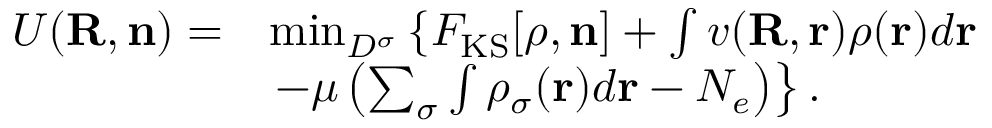
\begin{array} { r l } { { \cal U } ( { \bf R , n } ) = } & { \operatorname* { m i n } _ { D ^ { \sigma } } \left\{ { \cal F } _ { \mathrm { K S } } [ { \boldsymbol \rho } , { \bf n } ] + \int v ( { \bf R , r } ) \rho ( { \bf r } ) d { \bf r } \right. } \\ & { \left. - \mu \left( \sum _ { \sigma } \int \rho _ { \sigma } ( { \bf r } ) d { \bf r } - N _ { e } \right) \right\} . } \end{array}